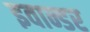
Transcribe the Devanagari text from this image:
इवान्डर